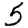
Digit: 5